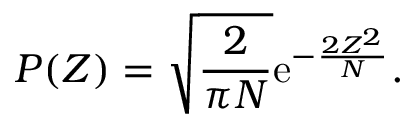
P ( Z ) = \sqrt { \frac { 2 } { \pi N } } \mathrm { e } ^ { - \frac { 2 Z ^ { 2 } } { N } } .